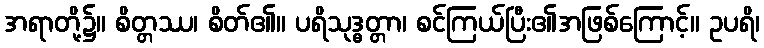
အရာတို့၌။ စိတ္တဿ၊ စိတ်၏။ ပရိသုဒ္ဓတ္တာ၊ စင်ကြယ်ပြီး၏အဖြစ်ကြောင့်။ ဥပရိ၊